Report on vaccination in Madras 1877-1894 - 1877-1894
Year: 1877
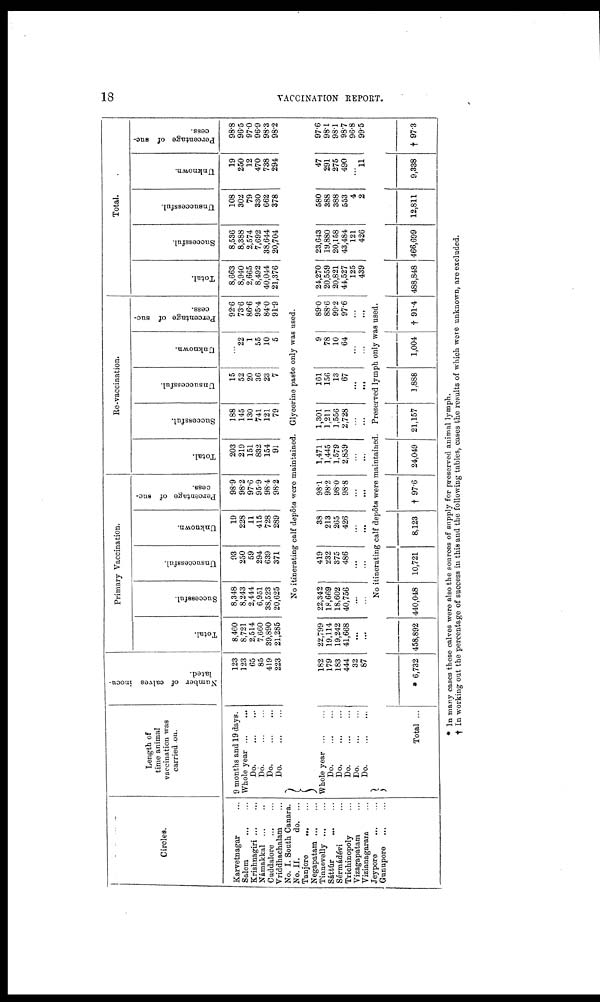
18
VACCINATION REPORT.
Circles.
Karvetnagar ...
Salem
...
...
Krishnagiri ... ...
Námakkal ... ...
Cuddalore
...
...
Vriddhachalam ...
No. I. South Canara.
No. II.
do. ...
Tanjore
...
...
Negapatam ... ...
Tinnevelly ... ...
Sáttúr
...
...
Sérmádévi ...
Trichinopoly ...
Yizagapatam ...
Vizianagarain ...
Jeypore
...
...
Gunupore
...
...
Length of
time animal
vaccination was
carried on.
9 months and 19 days.
Whole year
Do
Do
Do
Do
Whole year
Do
Do
Do
Do
Do
Total ...
Number of calves inocu-
lated.
123
123
65
85
419
223
Primary Vaccination.
Total.
8,460
8,721
2,514
7,660
39,890
21,285
Successful.
8,348
8,243
2,444
6,951
38,523
20,625
Unsuccessful.
93
250
59
294
639
371
Unknown.
19
228
11
415
728
289
Percentage of suc-
cess.
98.9
98.2
97.6
95.9
98.4
98.2
Re-vaccination.
Total.
203
219
151
832
154
91
Successful.
188
145
130
741
121
79
Unsuccessful.
15
52
20
36
23
7
Unknown.
...
22
1
55
10
5
Percentage of suc-
cess.
92.6
73.6
86.6
95.4
84.0
91.9
Total.
Total.
8,663
8,940
2,665
8,492
40,044
21,376
Successful.
8,536
8,388
2,574
7,692
38,644
20,704
Unsuccessful.
108
302
79
330
662
378
Unknown.
19
250
12
470
738
294
Percentage of suc-
cess.
98.8
96.5
97.0
96.9
98.3
98.2
No itinerating calf depots were maintained. Glycerine paste only was used.
182
179
183
444
32
87
22,799
19,114
19,242
41,668
...
...
22,342
18,669
18,602
40,756
...
...
419
232
375
486
...
...
38
213
265
426
...
...
98.1
98.2
98.0
98.8
...
...
1,471
1,445
1,579
2,859
...
...
1,301
1,211
1,556
2,728
...
...
161
156
13
67
...
...
9
78
10
64
...
...
89.0
88.6
99.2
97.6
...
...
24,270
20,559
20,821
44,527
125
439
23,643
19,880
20,158
43,484
121
426
580
388
388
553
4
2
47
291
275
490
...
11
97.6
98.1
98.1
98.7
96.8
99.5
No itinerating calf depots were maintained. Preserved lymph only was used.
* 6,732 458,892 440,048 10,721
8,123 † 97.6 24,049 21,157
1,888
1,004 † 91.4 488,848 466,699 12,811
9,338 † 973
* In many cases these calves were also the sources of supply for preserved animal lymph.
† In working out the percentage of success in this and the following tables, cases the results of which were unknown, are excluded.